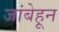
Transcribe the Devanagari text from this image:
जांबेहून